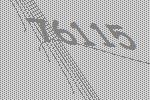
76115